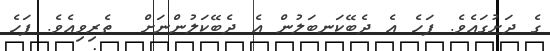
ގެ ދަށުގައެވެ. ފަހެ އެ ދެބޭކަނބަލުން އެ ދެބޭކަލުންނަށް  ތެރިވިއެވެ. ފަހެ